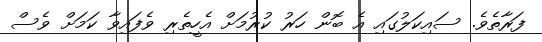
ފަރާތެވެ. ސައިކަލުގައި އެ ބޮން ހަރު ކުރުމަށް އެހީތެރި ވެފައިވާ ކަމަށް ވެސް